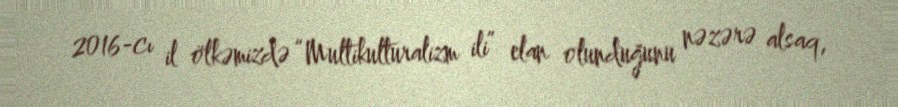
2016-cı il ölkəmizdə “Multikulturalizm ili” elan olunduğunu nəzərə alsaq,